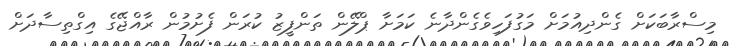
މިސްރާބަކަށް ގެންދިއުމަށް މަގުފަހިވެގެންދާނެ ކަމަށާ ޕްލޭން ތަންފީޒު ކުރަން ފެށުމުން ރާއްޖޭގެ އިގްތިސާދަށް